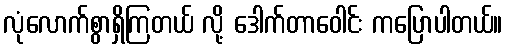
လုံလောက်စွာရှိကြတယ် လို့ ဒေါက်တာဝေါင်း ကပြောပါတယ်။